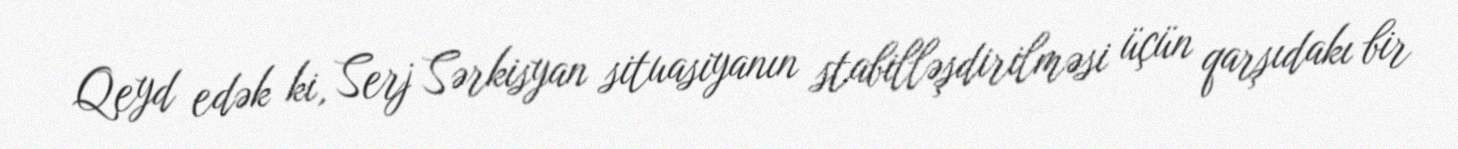
Qeyd edək ki, Serj Sərkisyan situasiyanın stabilləşdirilməsi üçün qarşıdakı bir